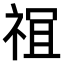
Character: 𫞵